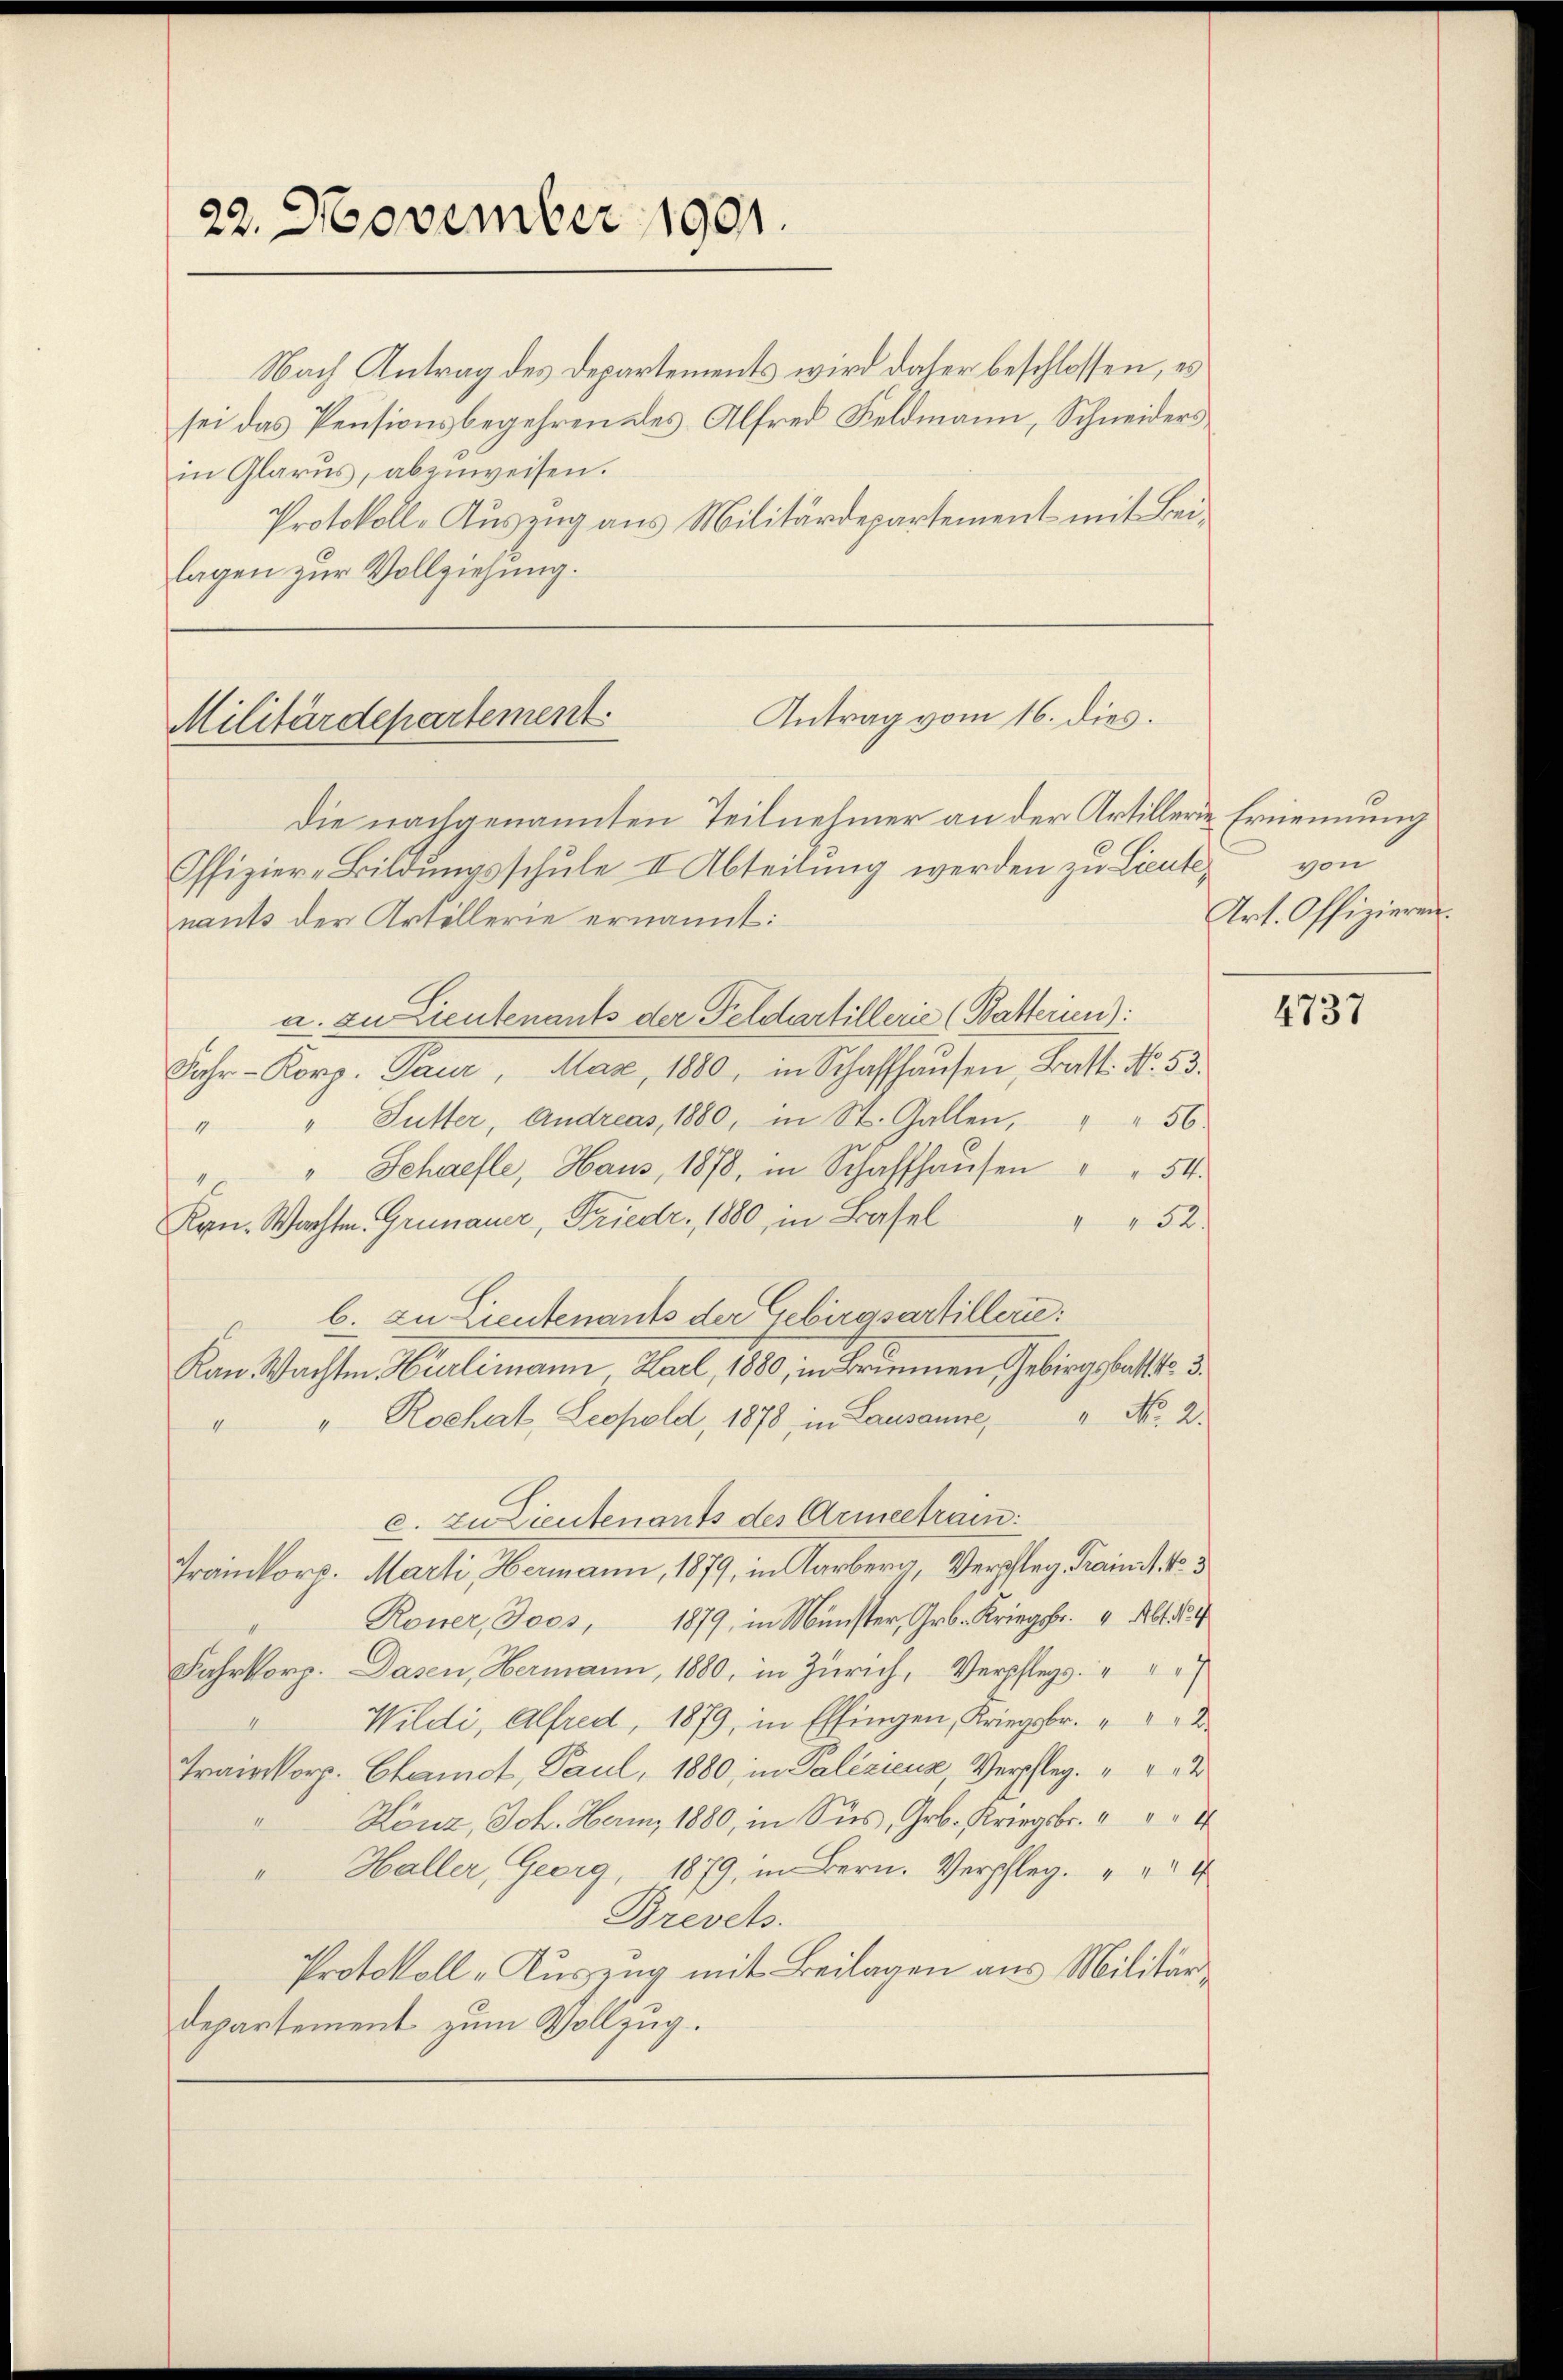
22. November 1901.

Nach Antrag des Departements wird daher beschlossen, es
sei das Pensionsbegehren des Alfred Feldmann, Schneidersin Glarus, abzuweisen.
Protokoll-Auszug aus Militärdepartement mit Beilagen zur Vollziehung.

Antrag vom 16. dies.
Militärdepartement
Die nachgenannten Teilnehmer an der Artillerie Ernennung

Offizier-Bildungsschule II. Abteilung werden zu Lieute,
nants der Artillerie ernannt:
a. zu Lieutenants der Feldartillerie (Batterien):
Jahr- Korp. Paur, Mase, 1880, in Schaffhausen, Bratt. No. 53.
" " Futter, Andreas, 1880, in St. Gallen, " " 56
" Schaefle, Haus, 1878, in Schaffhaŭsen " " 54.
Kan. Wachten. Grünauer, Friedr. 1880, in Basel
52
b. zu Lieutenants der Gebirgsartillerie:
Kan. Wachten Hürlimann Karl, 1880, in Brunnen Gebirgsbaltit. 3.
" No. 2.
" Rochat, Leopold, 1878, in Lausanne,
4
c. zu Lieutenants des Armeetrain
Fraikorp. Marti, Hermann, 1879, in Aarberg Verschlag Freundl. S. 3
Roner, Joos, 1879, in Münster, Gr. Krieg. Abt.
Fahrkorp. Dasen, Hermann, 1880, in Zürich, Verpflegs. " "
Wildi, Alfred, 1879, in Effingen, Kriegsbr. " " " 2
Fraikorp. Chamot, Paul, 1880, in Paliziens, Verschlag. 2
Lönz, Joh. Herm 1880, in Sies, Grob. Kriegsbr. " " 4
2
" Haller, Georg, 1879, im Bern. Verpfleg. " " 4
Brevets.
Protokoll-Auszug mit Beilagen aus Militär¬
Departement zum Vollzug.

von
Art. Offizieren.

4737